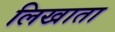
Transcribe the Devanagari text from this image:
लिखाता